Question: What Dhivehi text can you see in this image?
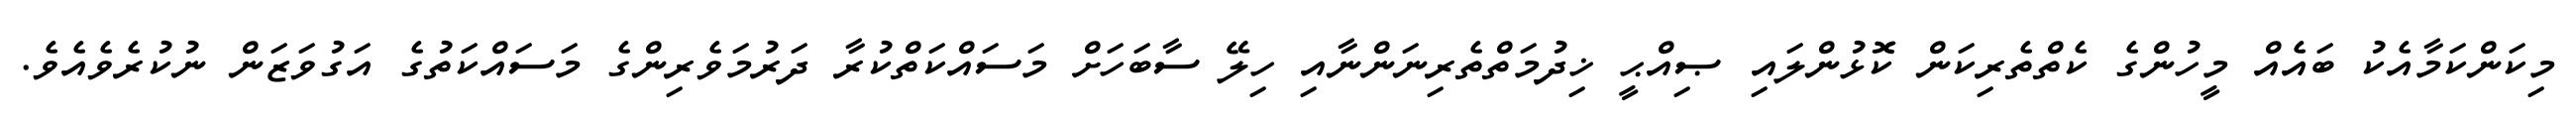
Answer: މިކަންކަމާއެކު ބައެއް މީހުންގެ ކެތްތެރިކަން ކޮޅުންލައި ޞިއްޙީ ޚިދުމަތްތެރިނަންނާއި ހިލޭ ސާބަހަށް މަސައްކަތްކުރާ ދަރުމަވެރިންގެ މަސައްކަތުގެ އަގުވަޒަން ނުކުރެވެއެވެ.